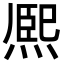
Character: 熈